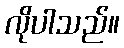
လိုပါသည်။